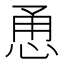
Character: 恿